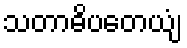
သတာဓိပတေယျံ